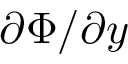
\partial \Phi / \partial { y }